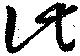
此